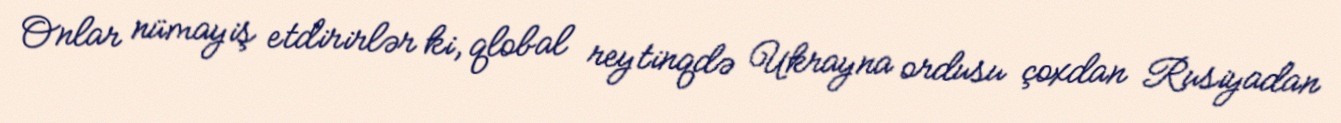
Onlar nümayiş etdirirlər ki, qlobal reytinqdə Ukrayna ordusu çoxdan Rusiyadan